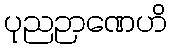
ပုညဉာဏေဟိ